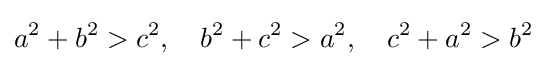
a^{2}+b^{2}>c^{2},\quad b^{2}+c^{2}>a^{2},\quad c^{2}+a^{2}>b^{2}